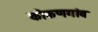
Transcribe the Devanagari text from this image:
कोकणगांव